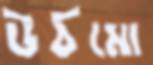
উঠমো